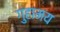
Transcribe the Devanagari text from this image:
गुहामय